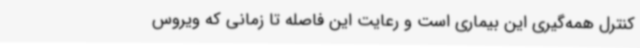
کنترل همه‌گیری این بیماری است و رعایت این فاصله تا زمانی که ویروس